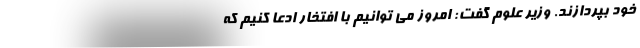
خود بپردازند. وزیر علوم گفت: امروز می توانیم با افتخار ادعا کنیم که